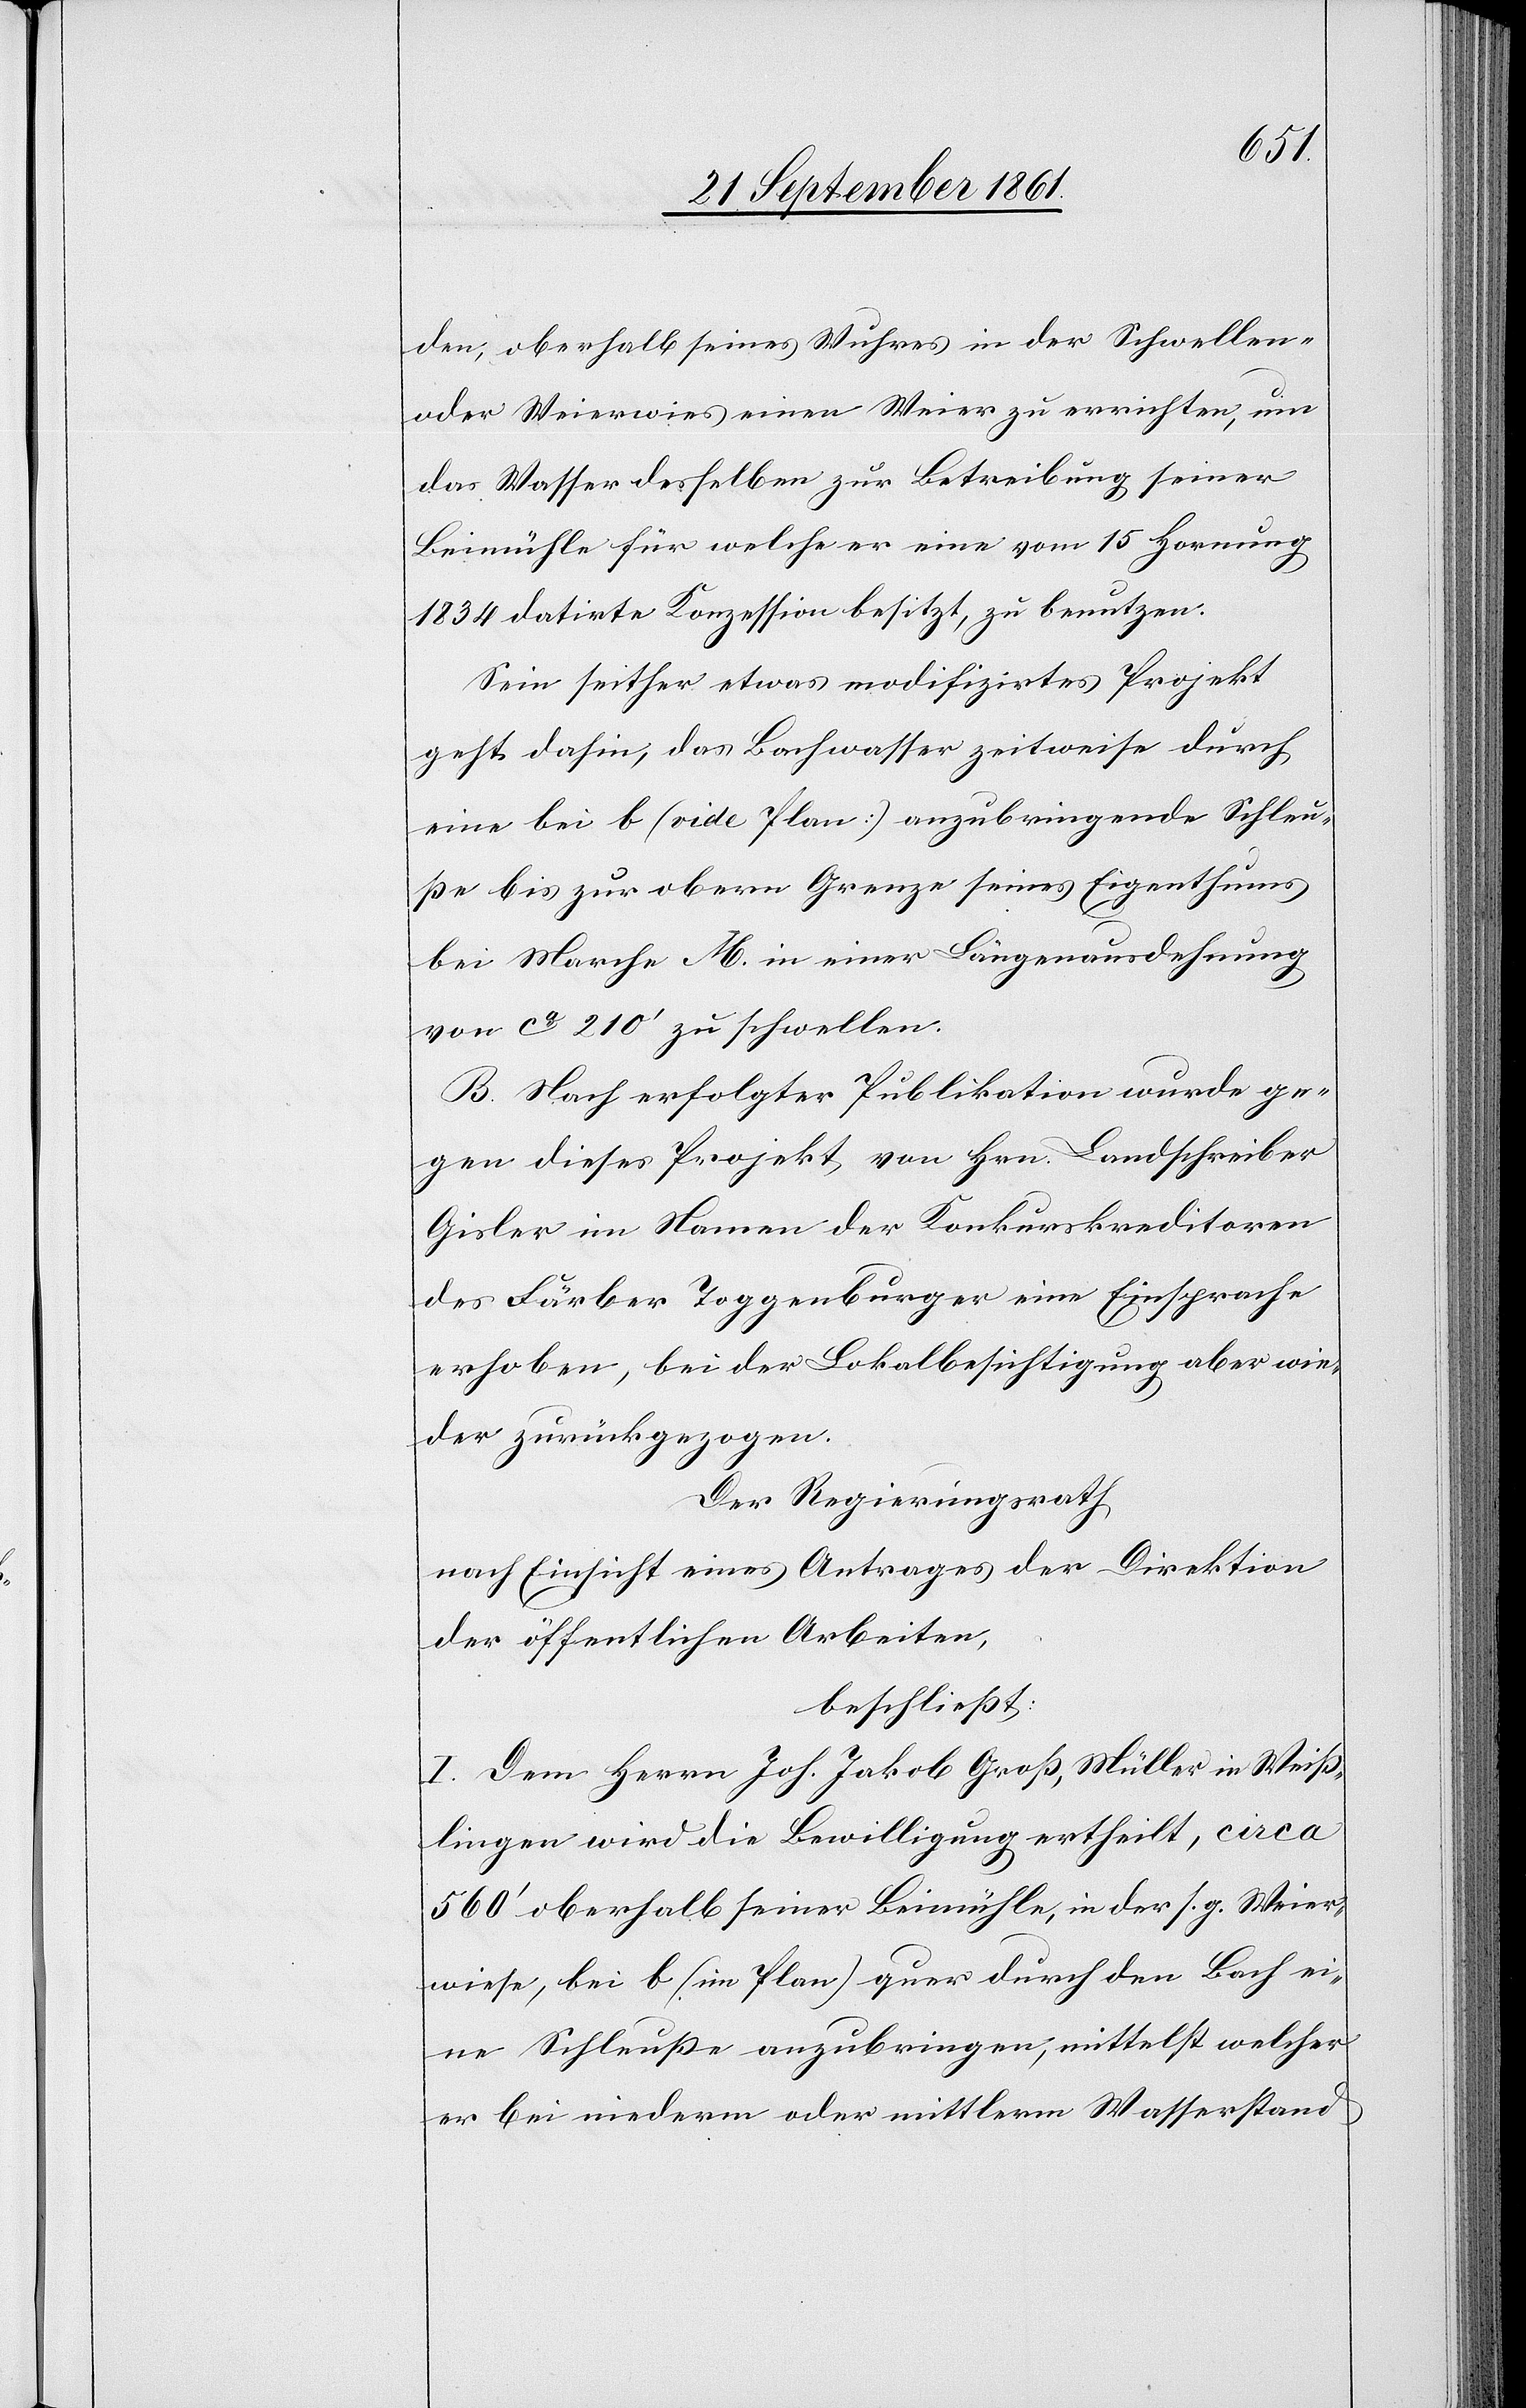
den, oberhalb seines Wuhres in der Schwellen-
oder Weierwies einen Weier zu errichten, um
das Wasser desselben zur Betreibung seiner
Beimühle für welche er eine vom 15 Hornung
1834 datirte Konzession besitzt, zu benutzen.
Sein seither etwas modifizirtes Projekt
geht dahin, das Bachwasser zeitweise durch
eine bei b (vide Plan) anzubringende Schleu¬
ße bis zur obern Grenze seines Eigenthums
bei Marche M. in einer Längenausdehnung
von ca 210’ zu schwellen.
B. Nach erfolgter Publikation wurde ge¬
gen dieses Projekt, von Hrn. Landschreiber
Gisler im Namen der Konkurskreditoren
des Färber Toggenburger eine Einsprache
erhoben, bei der Lokalbesichtigung aber wie¬
der zurückgezogen.
Der Regierungsrath,
nach Einsicht eines Antrages der Direktion
der öffentlichen Arbeiten,
beschließt:
I. Dem Herrn Joh. Jakob Groß, Müller in Weiß¬
lingen wird die Bewilligung ertheilt, circa
560’ oberhalb seiner Beimühle, in der s. g. Weier¬
wiese, bei b (im Plan) quer durch den Bach ei¬
ne Schleuße anzubringen, mittelst welcher
er bei niederm oder mittlern Wasserstand